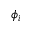
\phi _ { i }